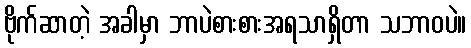
ဗိုက်ဆာတဲ့ အခါမှာ ဘာပဲစားစားအရသာရှိတာ သဘာဝပဲ။